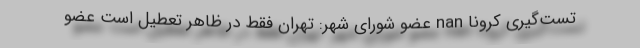
تست‌گیری کرونا nan عضو شورای شهر: تهران فقط در ظاهر تعطیل است عضو